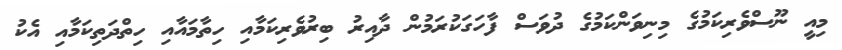
މިއީ ނޫސްވެރިކަމުގެ މިނިވަންކަމުގެ ދުވަސް ފާހަގަކުރަމުން ދާއިރު ބިރުވެރިކަމާއި ހިތާމައާއި ހިތްދަތިކަމާއި އެކު